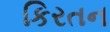
કિરતન